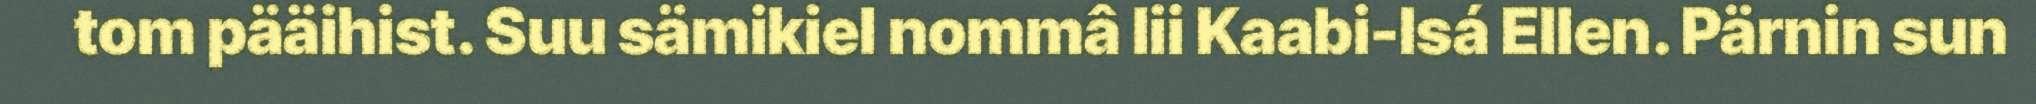
tom pääihist. Suu sämikiel nommâ lii Kaabi-Isá Ellen. Pärnin sun